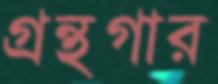
গ্রন্থগার